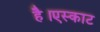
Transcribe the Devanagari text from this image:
है।एस्काट